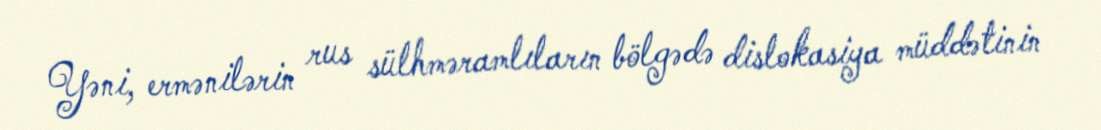
Yəni, ermənilərin rus sülhməramlıların bölgədə dislokasiya müddətinin